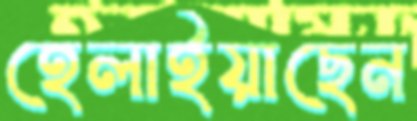
হেলাইয়াছেন